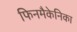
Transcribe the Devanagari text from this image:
फिनमैकेनिका